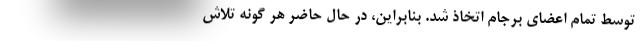
توسط تمام اعضای برجام اتخاذ شد. بنابراین، در حال حاضر هر گونه تلاش